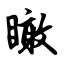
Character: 瞰